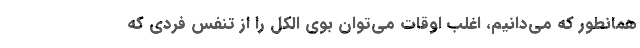
همانطور که می‌دانیم، اغلب اوقات می‌توان بوی الکل را از تنفس فردی که